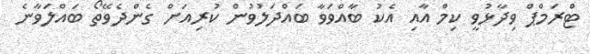
ޓްރަމްޕް ވިދާޅުވީ ކިމް އާއި އެކު ބާއްވަވާ ބައްދަލުވުން ކުރިއަށް ގެންދެވޭތޯ ބައްލަވާނެ